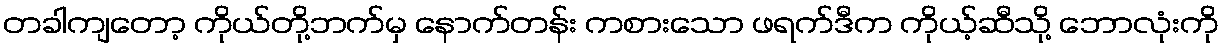
တခါကျတော့ ကိုယ်တို့ဘက်မှ နောက်တန်း ကစားသော ဖရက်ဒီက ကိုယ့်ဆီသို့ ဘောလုံးကို